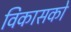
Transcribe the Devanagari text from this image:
विकासको